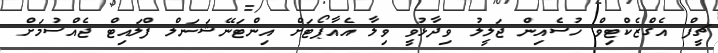
ޗީފް އެގްޒެކްޓިވް ހުސެއިން ޖަލީލު ވިދާޅުވީ ވިލާ އެއާޕޯޓަށް އިންޓަނޭޝަނަލް ފްލައިޓް ޖެއްސުމަށް